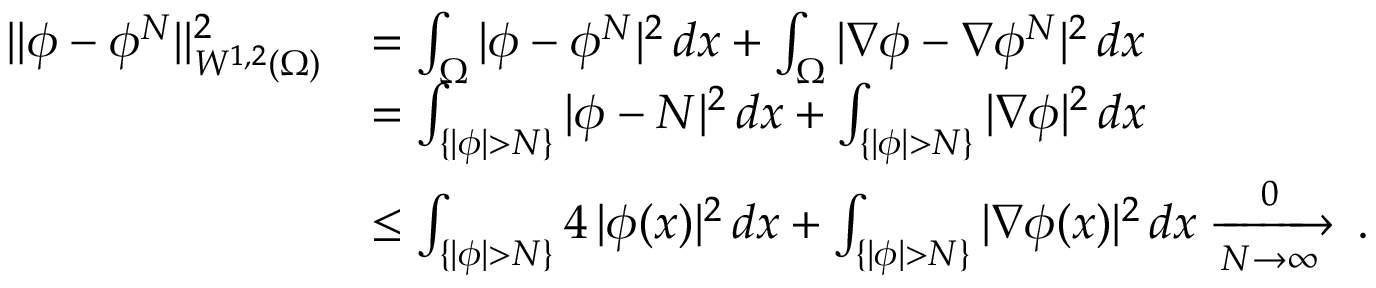
\begin{array} { r l } { \| \phi - \phi ^ { N } \| _ { W ^ { 1 , 2 } ( \Omega ) } ^ { 2 } } & { = \int _ { \Omega } | \phi - \phi ^ { N } | ^ { 2 } \, d x + \int _ { \Omega } | \nabla \phi - \nabla \phi ^ { N } | ^ { 2 } \, d x } \\ & { = \int _ { \{ | \phi | > N \} } | \phi - N | ^ { 2 } \, d x + \int _ { \{ | \phi | > N \} } | \nabla \phi | ^ { 2 } \, d x } \\ & { \leq \int _ { \{ | \phi | > N \} } 4 \, | \phi ( x ) | ^ { 2 } \, d x + \int _ { \{ | \phi | > N \} } | \nabla \phi ( x ) | ^ { 2 } \, d x \xrightarrow [ N \to \infty ] 0 \, . } \end{array}